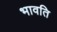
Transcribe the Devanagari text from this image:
भावति